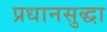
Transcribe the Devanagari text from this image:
प्रधानसुद्धा